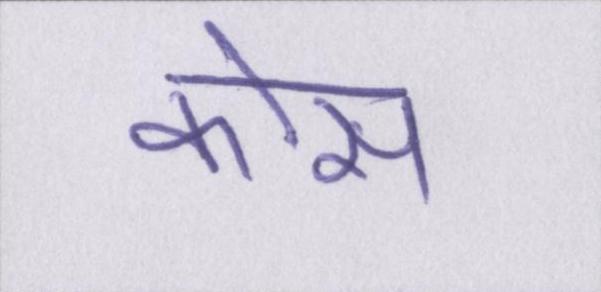
कोस